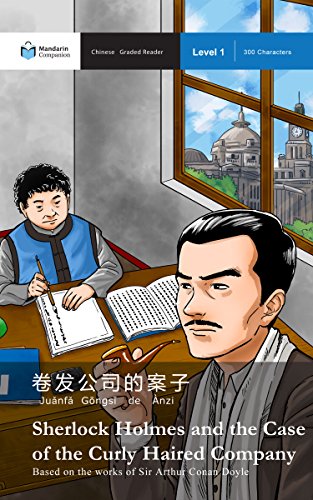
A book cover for Sherlock Holmes and the Case of the Curly Haired Company: Mandarin Companion Graded Readers Level 1 (Chinese Edition); Arthur Conan Doyle; Literature & Fiction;